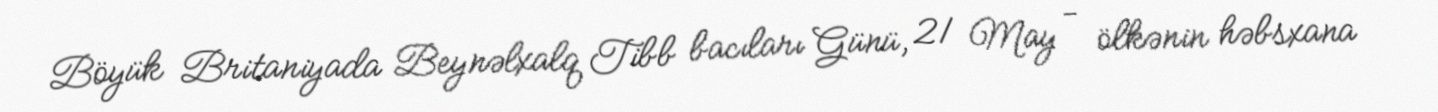
Böyük Britaniyada Beynəlxalq Tibb bacıları Günü, 21 May - ölkənin həbsxana